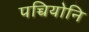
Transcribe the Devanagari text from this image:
पच्चियोनि